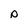
Character: P